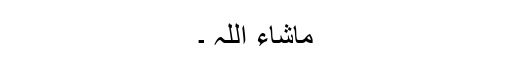
ماشاء اللہ ۔